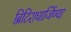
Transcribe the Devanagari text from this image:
ब्रिटिशधार्जिण्या